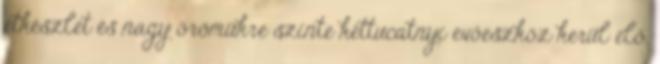
étkészlet és nagy örömükre szinte kéttucatnyi evőeszköz kerül elő.